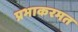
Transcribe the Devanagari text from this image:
प्रभाकरमत